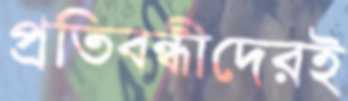
প্রতিবন্ধীদেরই